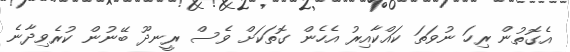
އެގޮތުން ރިހަ ނުވަތަ ކައްކާއިރު އެހެން ގޮތަކަށް ވެސް ރީނދޫ ބޭނުން ކުރެވިދާނެ